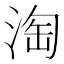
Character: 淘